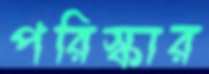
পরিস্কার